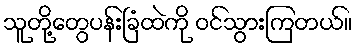
သူတို့တွေပန်းခြံထဲကို ဝင်သွားကြတယ်။